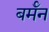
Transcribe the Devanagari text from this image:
बर्मॅन